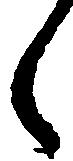
々